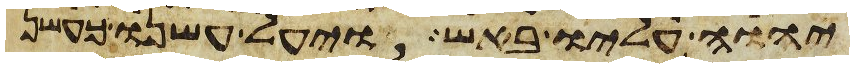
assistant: יהוה עליו באש ויעל עשנו כעשן